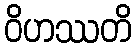
ဝိဟဿတိ